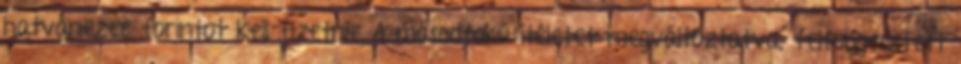
hatvanezer forintot kell fizetnie A másodfokú ítéletet megváltoztatva, felfüggesztett